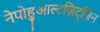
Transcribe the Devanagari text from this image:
नेपोहुआल्टज़िट्ज़िन